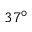
3 7 ^ { \circ }